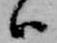
ハ